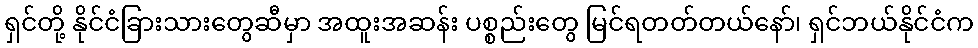
ရှင်တို့ နိုင်ငံခြားသားတွေဆီမှာ အထူးအဆန်း ပစ္စည်းတွေ မြင်ရတတ်တယ်နော်၊ ရှင်ဘယ်နိုင်ငံက